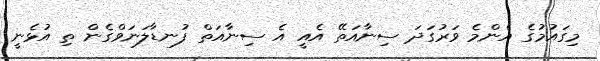
މިގައުމުގެ އެންމެ ވަރުގަދަ ސިނާއަތޭ އެއީ އެ ސިނާއަތް ފުނޑާލަނަވްގެން ތި އުޅެނީ